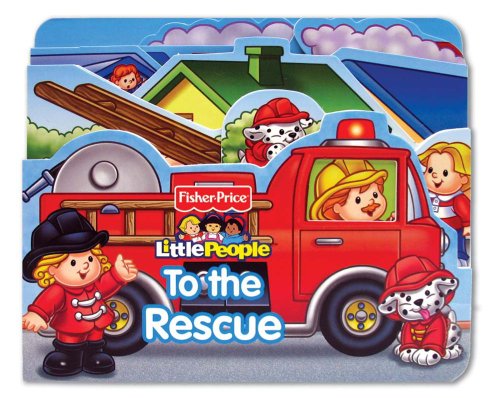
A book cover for Fisher Price Little People To the Rescue! (Boardbooks - Board Book); Fisher PriceÂ® Little PeopleÂ®; Children's Books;